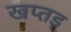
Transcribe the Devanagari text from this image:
खप्तड़